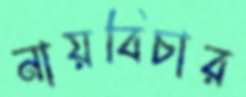
নায়বিচার